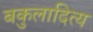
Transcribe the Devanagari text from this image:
बकुलादित्य